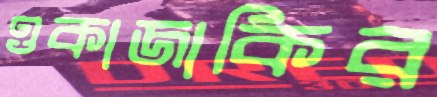
ওকাজাকির